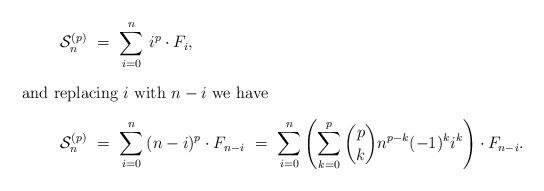
LaTeX: \begin{align*} \mathcal{S}_n^{(p)} \ &= \ \sum_{i=0}^{n} \, i^p \cdot F_{i},\\\intertext{and replacing $i$ with $n-i$ we have} \mathcal{S}_n^{(p)} \ &= \ \sum_{i=0}^{n} \, (n-i)^p \cdot F_{n-i} \ = \ \sum_{i=0}^{n} \left( \sum_{k=0}^p \binom{p}{k} n^{p-k}(-1)^k i^k\right) \cdot F_{n-i}.\end{align*}